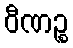
ဝီဏဉ္စ